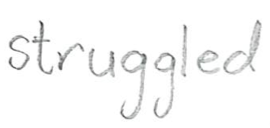
Text: struggled
Cross-out: clean
Writing tool: pencil